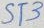
Text: ST3